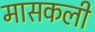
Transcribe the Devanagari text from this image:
मासकली